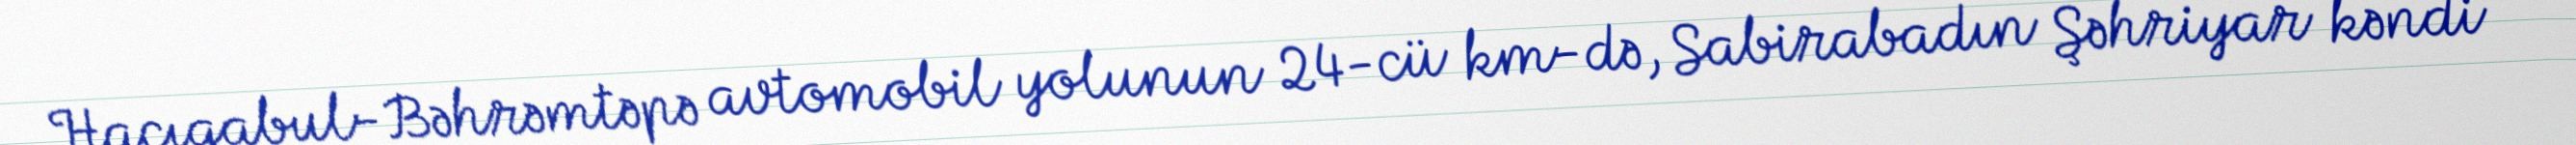
Hacıqabul-Bəhrəmtəpə avtomobil yolunun 24-cü km-də, Sabirabadın Şəhriyar kəndi